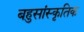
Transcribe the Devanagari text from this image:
बहुसांस्‍कृतिक